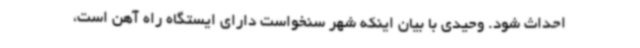
احداث شود. وحیدی با بیان اینکه شهر سنخواست دارای ایستگاه راه آهن است،